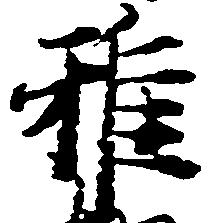
雅